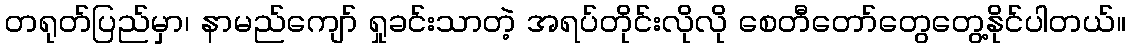
တရုတ်ပြည်မှာ၊ နာမည်ကျော် ရှုခင်းသာတဲ့ အရပ်တိုင်းလိုလို စေတီတော်တွေတွေ့နိုင်ပါတယ်။